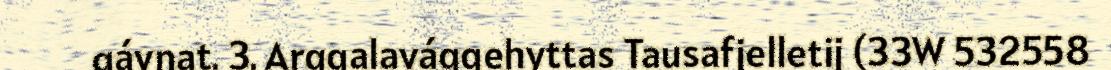
gávnat. 3. Arggalavággehyttas Tausafjelletij (33W 532558